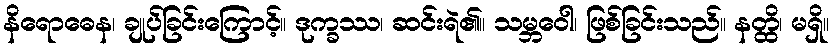
နိရောဓေန၊ ချုပ်ခြင်းကြောင့်။ ဒုက္ခဿ၊ ဆင်းရဲ၏။ သမ္ဘဝေါ၊ ဖြစ်ခြင်းသည်။ နတ္ထိ၊ မရှိ။